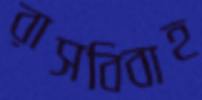
রাসবিবাহ